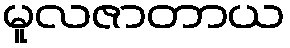
မူလဇာတာယ